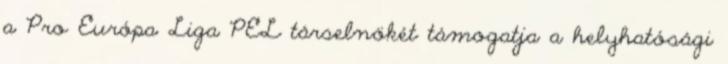
a Pro Európa Liga PEL társelnökét támogatja a helyhatósági